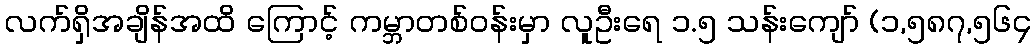
လက်ရှိအချိန်အထိ ကြောင့် ကမ္ဘာတစ်ဝန်းမှာ လူဦးရေ ၁.၅ သန်းကျော် (၁,၅၈၇,၅၆၄